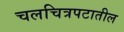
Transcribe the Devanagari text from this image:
चलचित्रपटातील